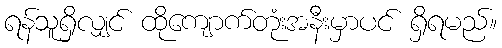
ရန်သူရှိလျှင် ထိုကျောက်တုံးအနီးမှာပင် ရှိရမည်။